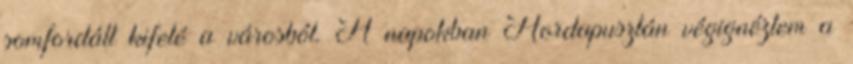
somfordált kifelé a városból. A napokban Hordapusztán végignéztem a